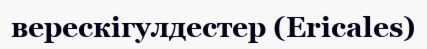
верескігулдестер (Ericales)